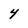
Character: 4